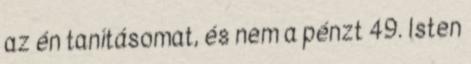
az én tanításomat, és nem a pénzt 49. Isten